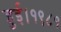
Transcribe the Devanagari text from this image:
हुई।१९८१